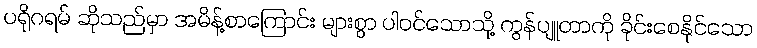
ပရိုဂရမ် ဆိုသည်မှာ အမိန့်စာကြောင်း များစွာ ပါဝင်သောသို့ ကွန်ပျူတာကို ခိုင်းစေနိုင်သော